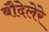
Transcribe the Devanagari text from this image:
बौदेलेरे